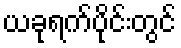
ယခုရက်ပိုင်းတွင်